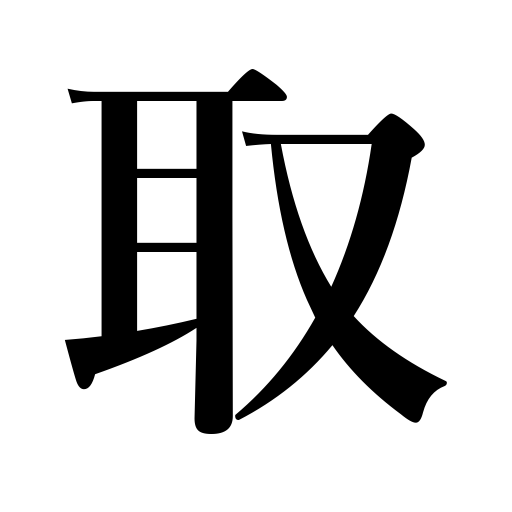
Meanings: strike out words,press a point home,hold,require,engage graduates,procure,catch,steal,take a picture,charge,capture,set up camp,eat,obtain,seize,need,pluck,catch fish,choose,produce,take off one's hat,capture territory,make out the meaning,take out spots,take,fetch,remove,deprive of,reserve rooms,take pains,subscribe to,administer,receive,order foodstuffs,annex,transact,weed,adopt a measure,make,pick,possess